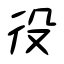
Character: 役